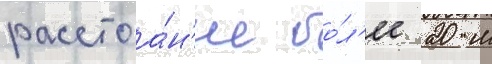
расстоа́н'ие бо́л'ее 20 м